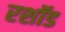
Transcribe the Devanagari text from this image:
रशॉड